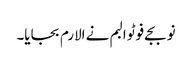
نو بجے فوٹو البم نے الارم بجایا۔